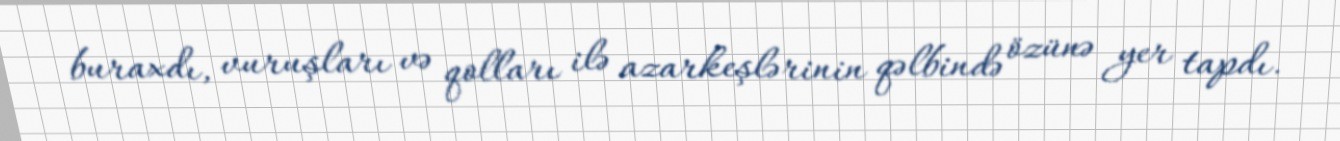
buraxdı, vuruşları və qolları ilə azarkeşlərinin qəlbində özünə yer tapdı.